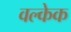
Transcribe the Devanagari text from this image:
वल्केक